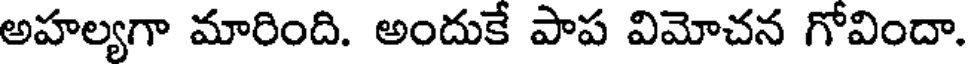
అహల్యగా మారింది. అందుకే పాప విమోచన గోవిందా.